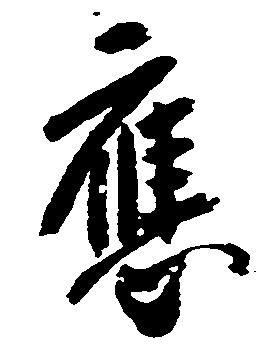
応